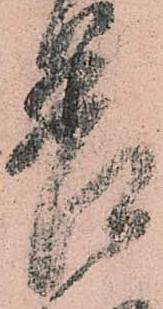
差